Madras plague regulations in force outside the Presidency town - Volume 2
Disease focus: Plague
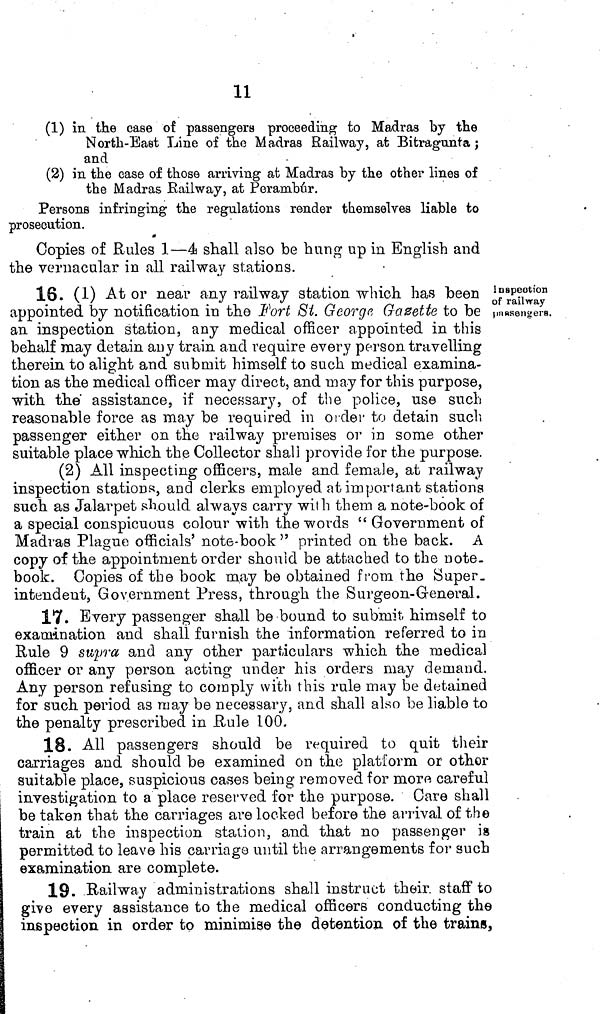
11
(1) in the case of passengers proceeding to Madras by the
North-East Line of the Madras Railway, at Bitragunta ;
and
(2) in the ease of those arriving at Madras by the other lines of
the Madras Railway, at Perambúr.
Persons infringing the regulations render themselves liable to
prosecution.
Copies of Rules 1—4 shall also be hung up in English and
the vernacular in all railway stations.
Inspection
of railway
passengers.
16. (1) At or near any railway station which has been
appointed by notification in the Fort Si. George Gazette to be
an inspection station, any medical officer appointed in this
behalf may detain any train and require every person travelling
therein to alight and submit himself to such medical examina-
tion as the medical officer may direct, and may for this purpose,
with the assistance, if necessary, of the police, use such
reasonable force as may be required in order to detain such
passenger either on the railway premises or in some other
suitable place which the Collector shall provide for the purpose.
(2) All inspecting officers, male and female, at railway
inspection stations, and clerks employed at important stations
such as Jalarpet should always carry with them a note-book of
a special conspicuous colour with the words " Government of
Madras Plague officials' note-book " printed on the back. A
copy of the appointment order should be attached to the note-
book. Copies of the book may be obtained from the Super,
intendent, Government Press, through the Surgeon-General.
17. Every passenger shall be bound to submit himself to
examination and shall furnish the information referred to in
Rule 9 supra and any other particulars which the medical
officer or any person acting under his orders may demand.
Any person refusing to comply with this rule may be detained
for such period as may be necessary, and shall also be liable to
the penalty prescribed in Rule 100.
18. All passengers should be required to quit their
carriages and should be examined on the platform or other
suitable place, suspicious cases being removed for more careful
investigation to a place reserved for the purpose. Care shall
be taken that the carriages are locked before the arrival of the
train at the inspection station, and that no passenger is
permitted to leave his carriage until the arrangements for such
examination are complete.
19. Railway administrations shall instruct their staff to
give every assistance to the medical officers conducting the
inspection in order to minimise the detention of the trains.